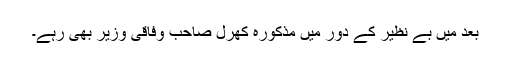
بعد میں بے نظیر کے دور میں مذکورہ کھرل صاحب وفاقی وزیر بھی رہے۔